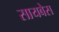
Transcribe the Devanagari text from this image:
सायबेस